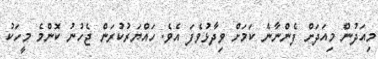
މިއަދުން މިއަދަށް ފެންނާނެ ކަމަށް ވިދާޅުވެފަ އެވެ. ހައްޔަރުކުރަން ޖެހުނު ކޮންމެ މީހަކު